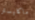
ماكليستر